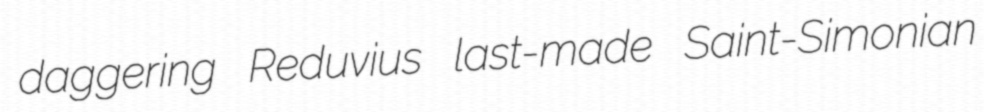
daggering Reduvius last-made Saint-Simonian